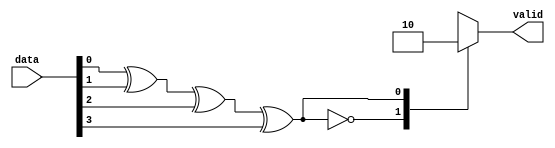

module parity_checker( data, valid);

input [3:0] data;
output reg valid;

wire check;

assign check = data[0] ^ data[1] ^ data[2] ^ data[3] ;

always@(check or data)
case(check)

0 : begin 
       valid = 1;
       $display("%t, test passed",$time);
    end
          
1 : begin
      valid = 0;
      $display("%t,test failed",$time);
    end

endcase
  
endmodule